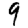
Digit: 9